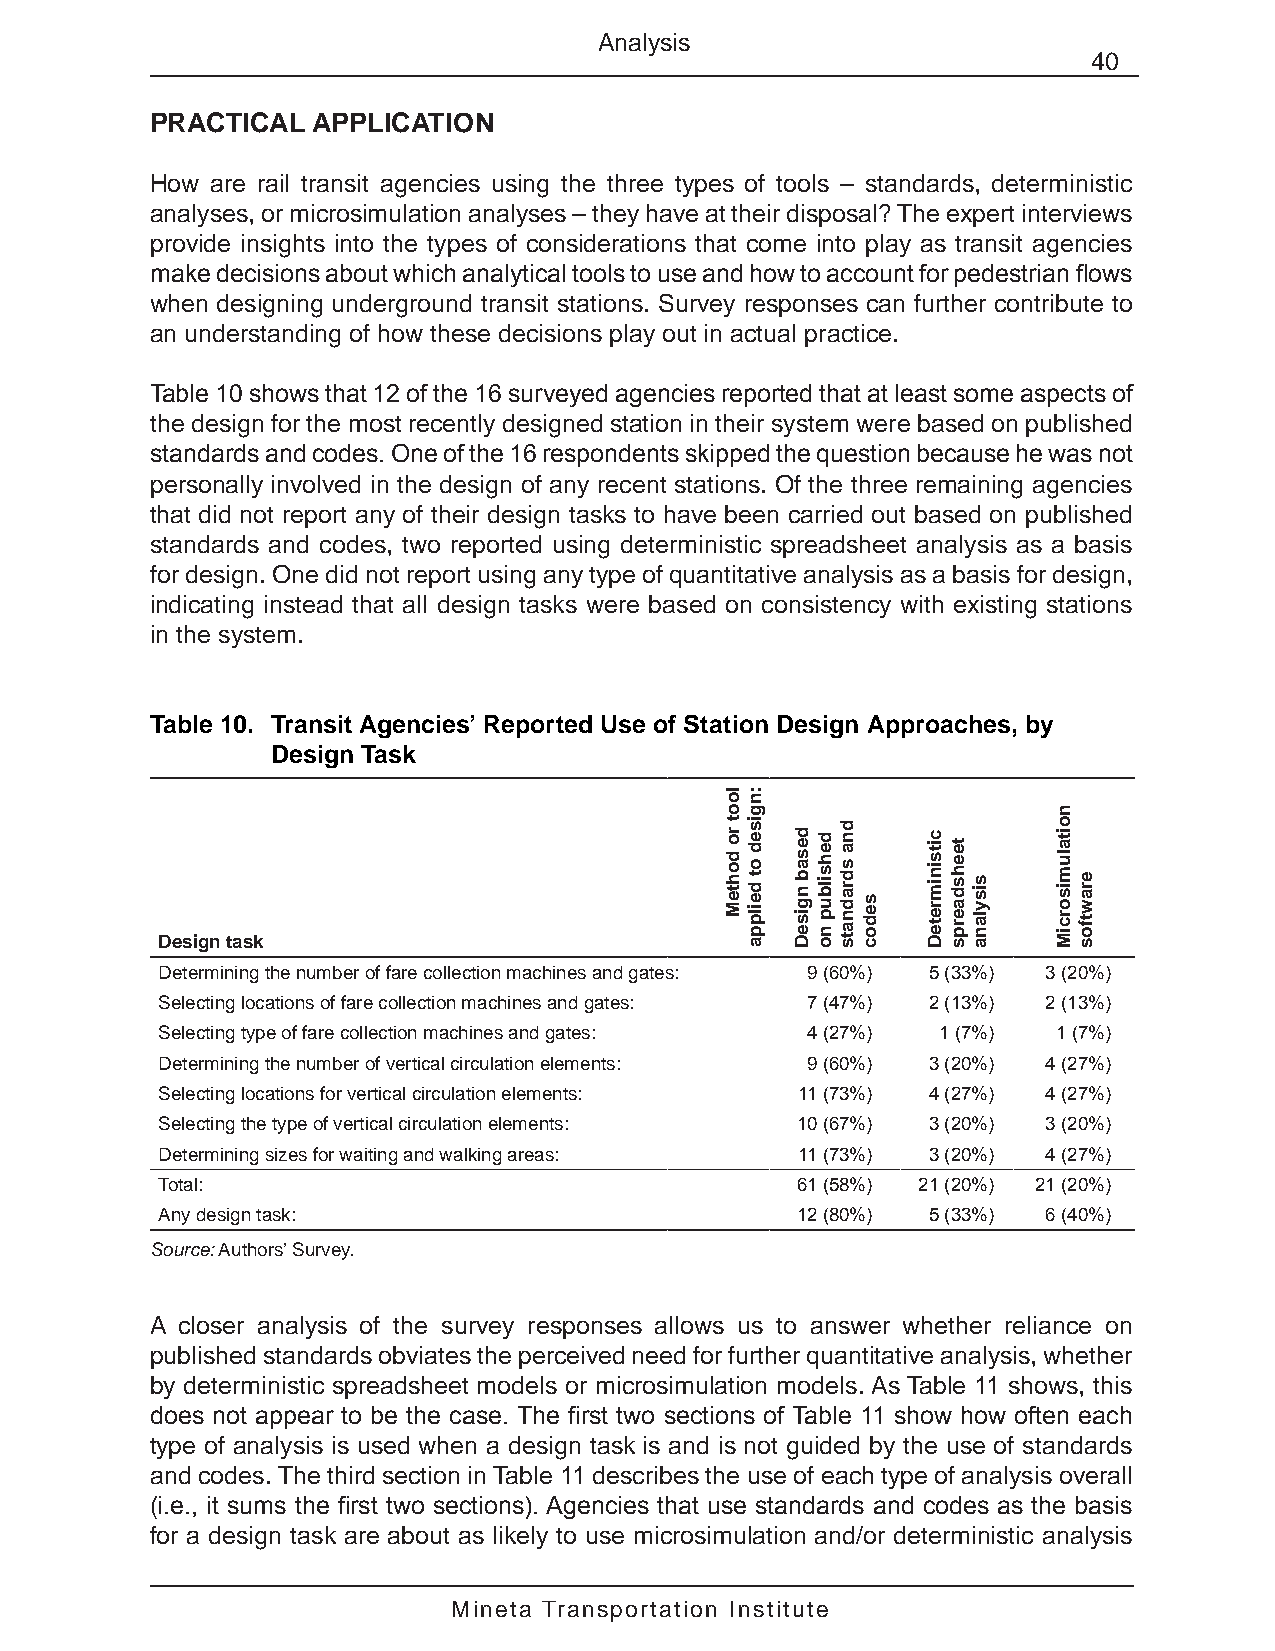
Analysis
 40
 PRACTICAL  APPLICATION
 How are rail transit agencies using the three types of tools – standards, deterministic
 analyses, or microsimulation analyses – they have at their disposal? The expert interviews
 provide insights into the types of considerations that come into play as transit agencies
 make decisions about which analytical tools to use and how to account for pedestrian flows
 when designing underground transit stations. Survey responses can further contribute to
 an understanding of how these decisions play out in actual practice.
 Table 10 shows that 12 of the 16 surveyed agencies reported that at least some aspects of
 the design for the most recently designed station in their system were based on published
 standards and codes. One of the 16 respondents skipped the question because he was not
 personally involved in the design of any recent stations. Of the three remaining agencies
 that did not report any of their design tasks to have been carried out based on published
 standards and codes, two reported using deterministic spreadsheet analysis as a basis
 for design. One did not report using any type of quantitative analysis as a basis for design,
 indicating instead that all design tasks were based on consistency with existing stations
 in the system.
 Table 10. Transit Agencies’ Reported Use of Station Design Approaches, by
 Design Task
 Design task
 Determining the number of fare collection machines and gates: 9 (60%) 5 (33%) 3 (20%)
 Selecting locations of fare collection machines and gates: 7 (47%) 2 (13%) 2 (13%)
 Selecting type of fare collection machines and gates: 4 (27%) 1 (7%) 1 (7%)
 Determining the number of vertical circulation elements: 9 (60%) 3 (20%) 4 (27%)
 Selecting locations for vertical circulation elements: 11 (73%) 4 (27%) 4 (27%)
 Selecting the type of vertical circulation elements: 10 (67%) 3 (20%) 3 (20%)
 Determining sizes for waiting and walking areas: 11 (73%) 3 (20%) 4 (27%)
 Total:                                     61 (58%) 21 (20%) 21 (20%)
 Any design task:                           12 (80%) 5 (33%) 6 (40%)
 Source: Authors’ Survey.
 A closer analysis of the survey responses allows us to answer whether reliance on
 published standards obviates the perceived need for further quantitative analysis, whether
 by deterministic spreadsheet models or microsimulation models. As Table 11 shows, this
 does not appear to be the case. The first two sections of Table 11 show how often each
 type of analysis is used when a design task is and is not guided by the use of standards
 and codes. The third section in Table 11 describes the use of each type of analysis overall
 (i.e., it sums the first two sections). Agencies that use standards and codes as the basis
 for a design task are about as likely to use microsimulation and/or deterministic analysis
 Mineta Transportation Institute
 loot
 ro
 dohteM
 :ngised
 ot
 deilppa
 desab
 ngiseD
 dehsilbup
 no
 dna
 sdradnats
 sedoc
 citsinimreteD teehsdaerps
 sisylana
 noitalumisorciM
 erawtfos